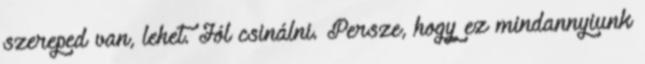
szereped van, lehet. Jól csinálni. Persze, hogy ez mindannyiunk